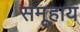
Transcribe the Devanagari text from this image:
समूहाय